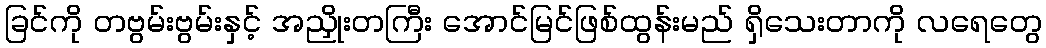
ခြင်ကို တဗွမ်းဗွမ်းနှင့် အညှိုးတကြီး အောင်မြင်ဖြစ်ထွန်းမည် ရှိသေးတာကို လရေတွေ